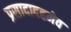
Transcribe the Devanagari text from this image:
प्रसादादहमेव